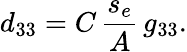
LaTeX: d_{33}=C\, \frac{s_{e}}{A}\, g_{33}.